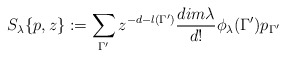
\begin{align*}S_{\lambda}\{p,z\} := \sum_{\Gamma^{\prime}} z^{-d-l(\Gamma^{\prime})}\frac{ dim{\lambda}}{d!}\phi_{\lambda}(\Gamma^{\prime})p_{\Gamma^{\prime}}\end{align*}